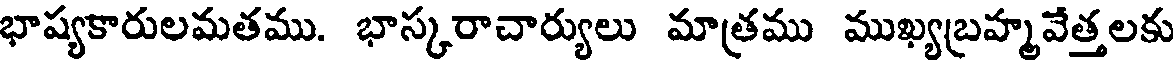
భాష్యకారులమతము. భాస్కరాచార్యులు మాత్రము ముఖ్యబ్రహ్మవేత్తలకు